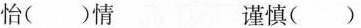
怡( )情 谨慎( )